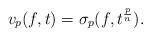
LaTeX: \begin{align*}v_p(f, t) = \sigma_p(f, t^{\frac{p}{n}}).\end{align*}